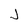
Character: J